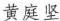
黄庭坚